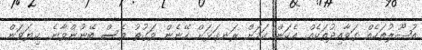
އުޞޫލުތަކެއް ގަވާއިދުތަކެއް. އެކަން ކަމަށް ރަނގަޅަށް ހޭނެން ވަގުތު ވެސް ބޭނުންވާނެ. ކިޔަވަން